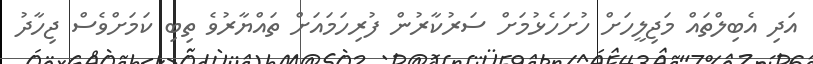
އަދި އެބިލްތައް މަޖިލީހަށް ހުށަހެޅުމަށް ސަރުކާރުން ފުރިހަމައަށް ތައްޔާރުވެ ތިބި ކަމަށްވެސް ޖިހާދު